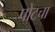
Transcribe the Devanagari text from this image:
पोटचा